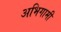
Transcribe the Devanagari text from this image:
अभिगामी